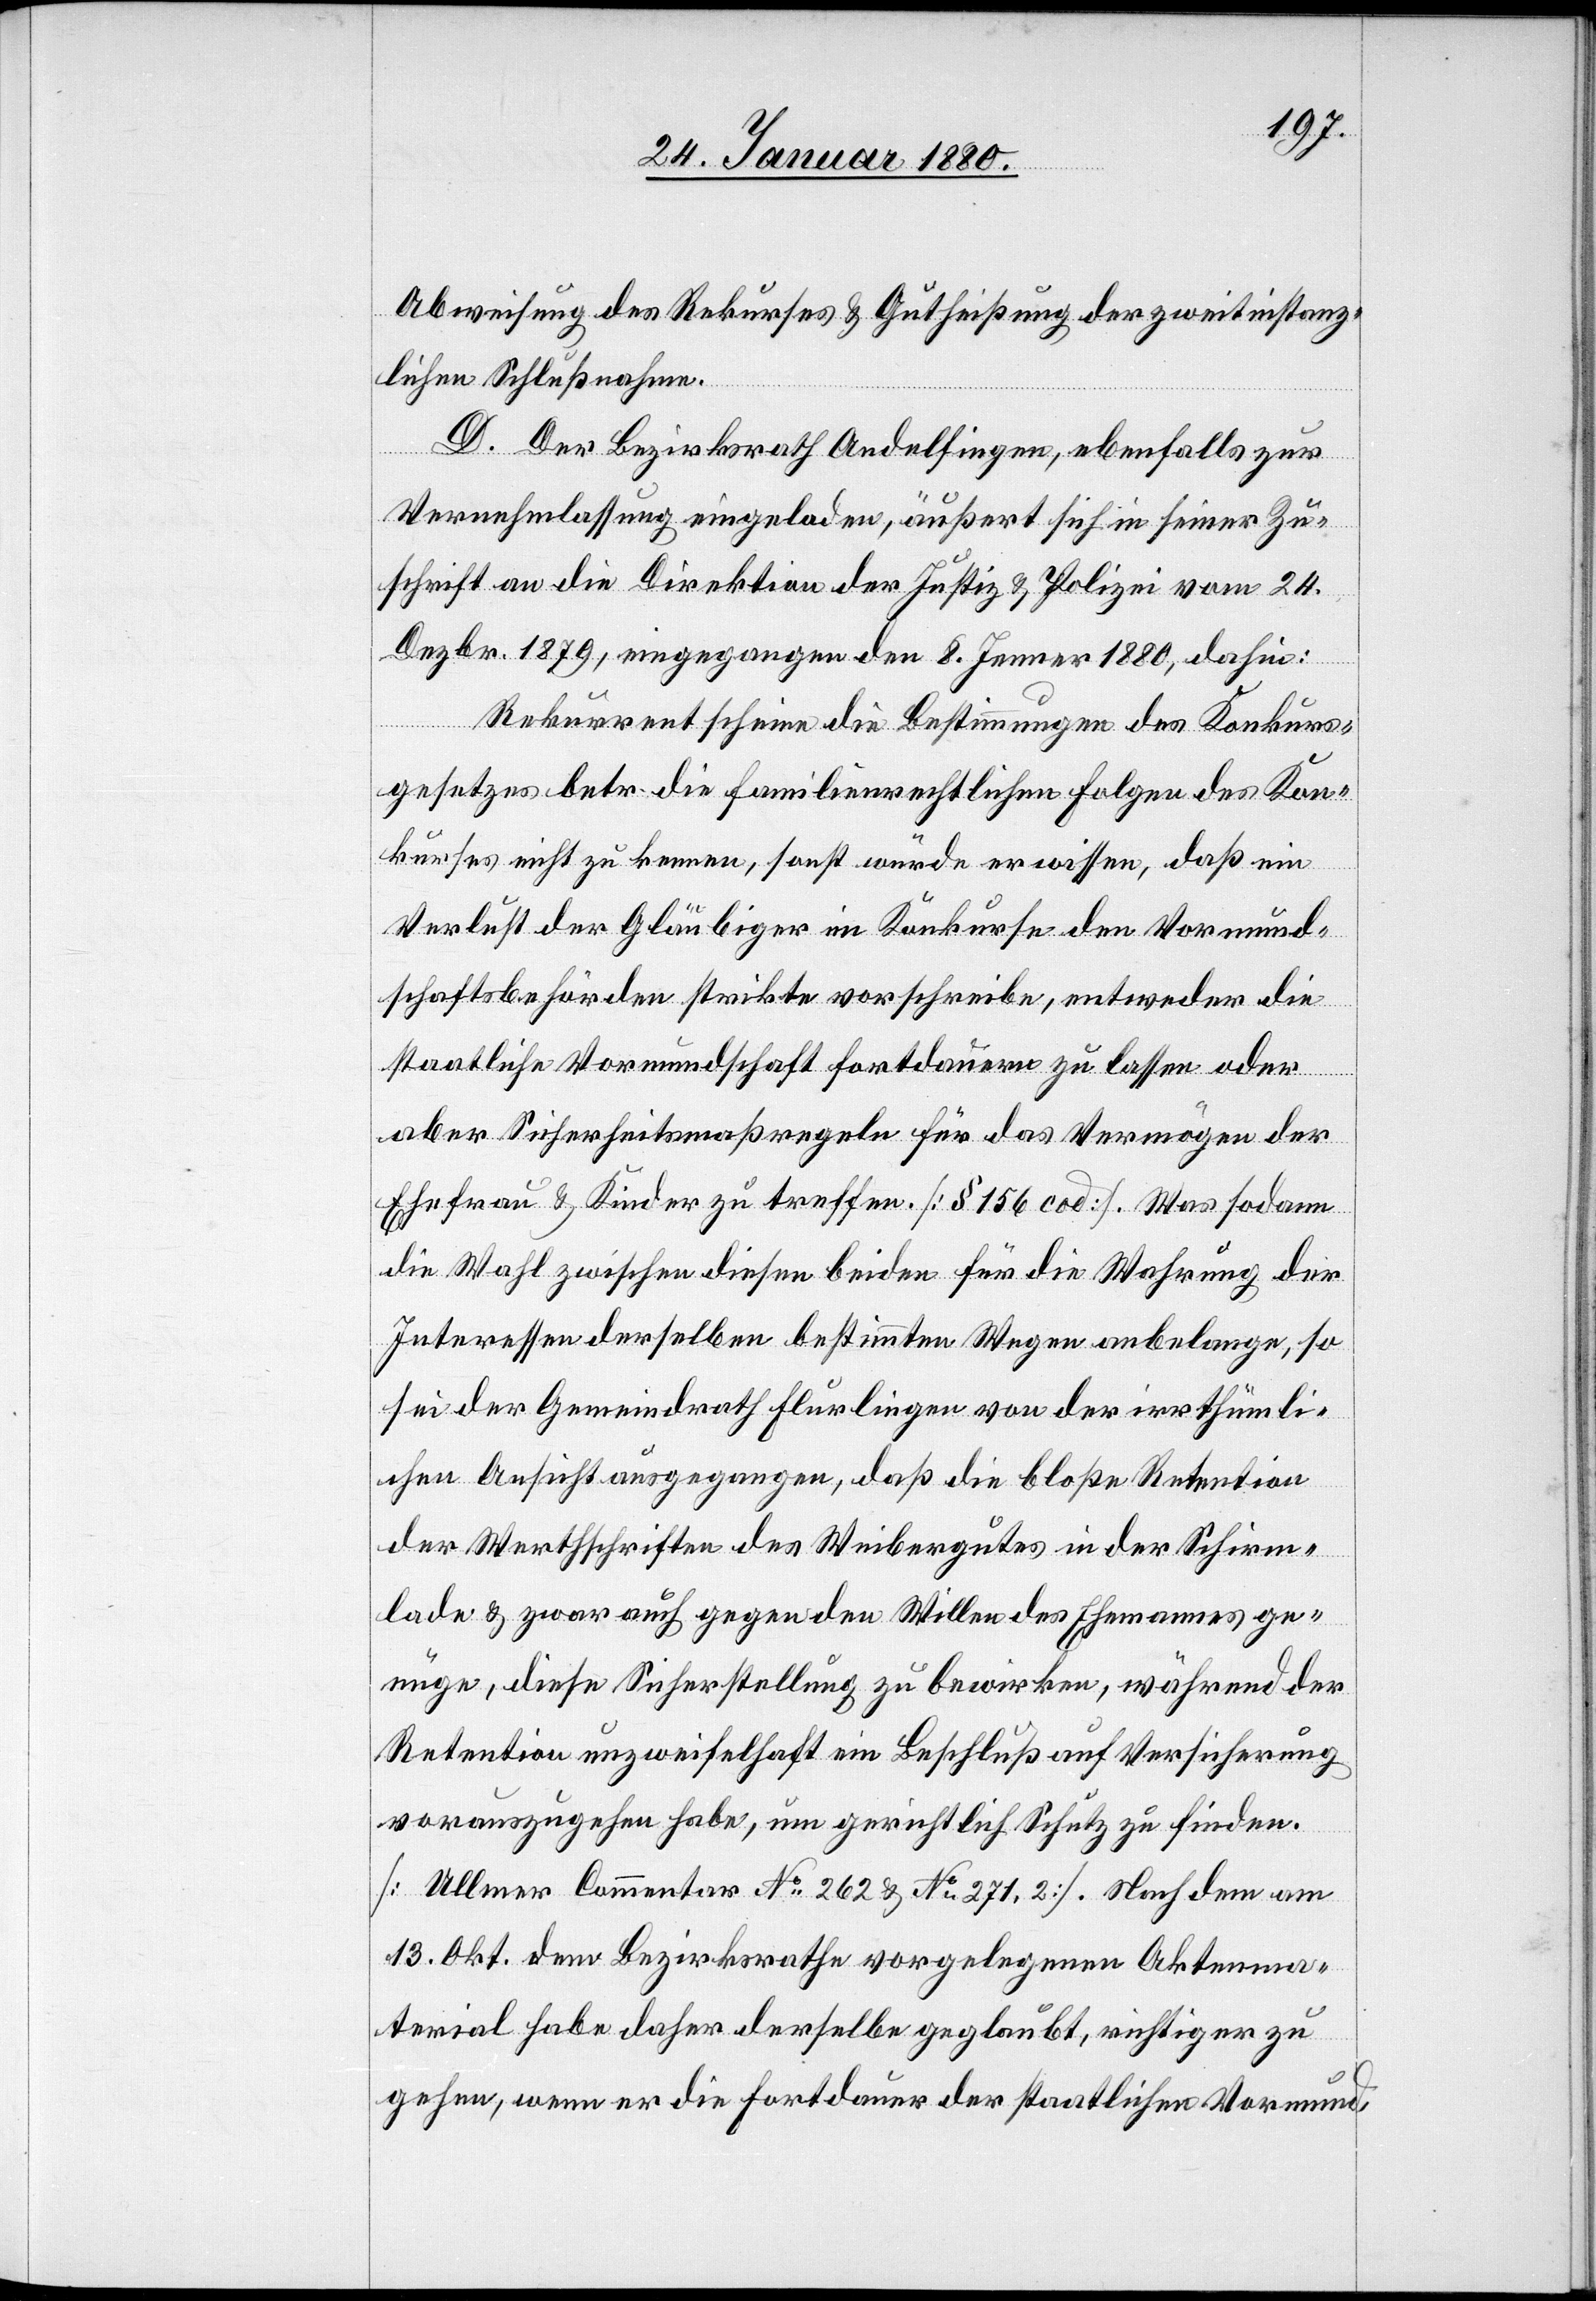
Abweisung des Rekurses & Gutheißung der zweitinstanz¬
lichen Schlußnahme.
D. Der Bezirksrath Andelfingen, ebenfalls zur
Vernehmlassung eingeladen, äußert sich in seiner Zu¬
schrift an die Direktion der Justiz & Polizei vom 24.
Dezbr, eingegangen den 8. Jenner 1880, dahin:
Rekurrent scheine die Bestimmungen des Konkurs¬
gesetzes betr. die familienrechtlichen Folgen des Kon¬
kurses nicht zu kennen, sonst würde er wissen, daß ein
Verlust der Gläubiger im Konkurse den Vormund¬
schaftsbehörden strikte vorschreibe, entweder die
staatliche Vormundschaft fortdauern zu lassen oder
aber Sicherheitsmaßregeln für das Vermögen der
Ehefrau & Kinder zu treffen. [§ 156 cod] Was sodann
die Wahl zwischen diesen beiden für die Wahrung der
Interessen derselben bestimmten Wegen anbelange, so
sei der Gemeindrath Flurlingen von der irrthümli¬
chen Ansicht ausgegangen, daß die bloße Retention
der Werthschriften des Weibergutes in der Schirm¬
lade & zwar auch gegen den Willen des Ehemannes ge¬
nüge, diese Sicherstellung zu bewirken, während der
Retention unzweifelhaft ein Beschluß auf Versicherung
vorauszugehen habe, um gerichtlich Schutz zu finden
[Ullmer Commentar No 262 & No 271.2]. Nach dem am
13. Okt. dem Bezirksrathe vorgelegenen Aktenma¬
terial habe daher derselbe geglaubt, richtiger zu
gehen, wenn er die Fortdauer der staatlichen Vormund-